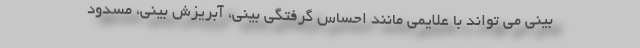
بینی می تواند با علایمی مانند احساس گرفتگی بینی، آبریزش بینی، مسدود